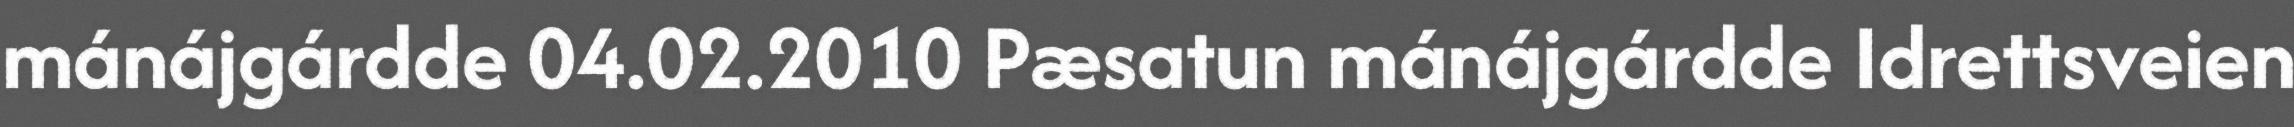
mánájgárdde 04.02.2010 Pæsatun mánájgárdde Idrettsveien